Lunatic asylums Madras 1892-1911 - 1892-1911
Year: 1892
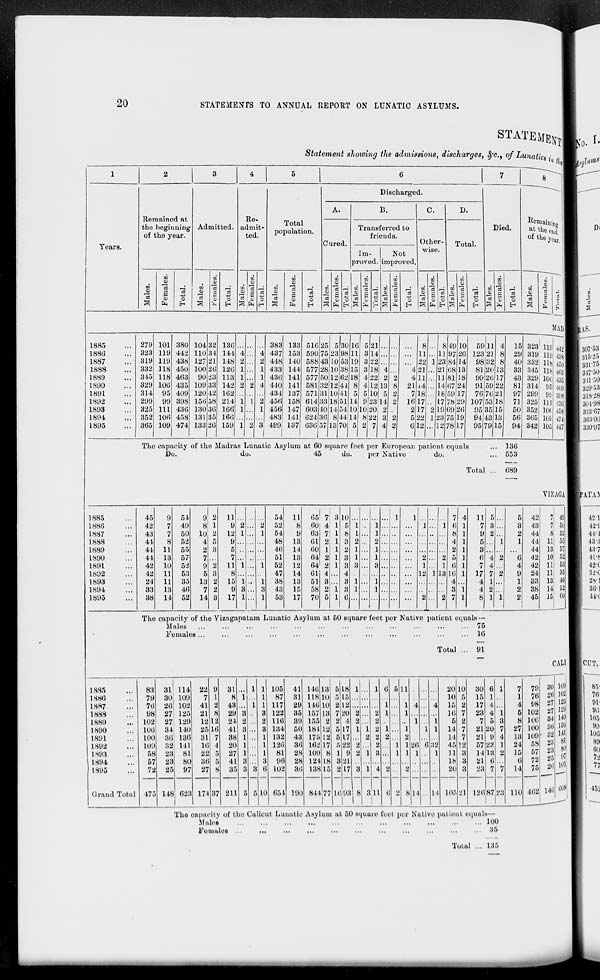
o
a
•a* tM-e
£
o
o
P_
D
P
P
c
c
9
o
>s*
p
<
c
p
5"
i;
OC Q
til 1 t^O
—
t?
xxxxxxxxxxx
© cc © cc cc © x x xxx
EM j. ce is *-» o co ao ~>« © en
p.
o
Cl
—■ i—> i—' i—•
<ic<siccccc*i^a5
tc «a x © © <o. tc x © © oc
if-
to tc tc cc cc co tc tc te co cc
CiOJS:WC:».M , »IC5Ci-'
Ci
____________
to
eai^csij-tiiioOH
OS
1 M C i- - C! c c cue c *.
1-1
tCOStCi-'OStCi-'bB*.
tc
-7 o: tc © ►— en tc —> i—■ -J ic
OS
1— i—
«*
1 (X C« Oi A v] c ic x U t- c
to
I—>
:: -;: i; u-i; i:-
CO
D-MCIXif-i-CMX-
On
losOSt-'t-'i-'OCtCOS- *-*'■
cn
1 os: :
: : " M : M
1 ciosH-H-'t-'Osicos^i-'i-'
©
S
t—>
H-I *—>hi H-i — 1—»
H-
C 3 X IC K K H M i- X O
IC © >— 03 tc If- © IC -7 -J o>
©
c
ic tc te OS if- i ■ cc cc I c :: —
osaoaoa»ceocDoicDi- > i- J
x
OS tC C © ■>* X 0' »> if- M *•
X <f- CO IC en *- C< —1 © X ©
-<t
1 CIIKI4UBKCCK
1 fc0C0»- , SJ«©»OifcD"*fcDO*O«
©
i •— IC
KP-W
IC — 1— r-
OS
1 «-I 1— C li M *4 >r C tv tl X
OC
1 OS
tc tc : i— t* tc "•
i- 1
OS
1 •->
I-I : tc i- 1 • • - •
^
1 a*. os tc tc tc tc tc '
H
©
1 to
t
tC H- '
1—' h- ^
©
tc
! ■:
1
;
1 OD
lie 1—' 1—' tc ■—' ' t—' 1—' l— 1
"Z 1 :
tc
. .
t-> OS
i- 1 • >f-
1 : .
© :
i— :
:
£ I : i—' fc Ml—'- if- - -
St
1 C X H' EN c- iC- C OD C*' © ©
IC
1
M
1 MtO«K<IMK;<ttcliC
ic rc " ai tc to
to *- i-* co
CC«-i.»l-Ji-«JK»JOiC
x
i-' tc
to
-»
1 *-7©05CC©©entf..£-t-i©
Be
vj. tc i—' i!i. -a os i—■'
i-*
M
1
•-*
<-•
l- 1 tc t— tc
C
1 if- OS C 4- OS <T X Oi if- >-"<r
i£-
— — — __
©
«■» ~-7 Cnenc©'~CCC--7<T
tc
n ic »i x c o c u » a o
1
►3
o
©
N"
0
P
P
3
t"
c
a
tc
P
en
©
OD
►c
p
p
T>
Ms
CO
O
*e
o
P
o-
<'
©
I © en I
tc tc »c tc co oc OD tc tc ici ce
CT- CT tt mc ?. ^
T ^ S; O
\ C T Or. QC 4- ti tf- li IC C C
a
CC X
© CO
X X X X X X X X X
cDcococDOoooooacao
CSMHCfflXMCOi
X OS •»- tc tc *>■ *- T- OS tc lit
«- OS — --©OS—'X<t<I©
o> *-
IC ©
c:
^1
en o> en CT en en *- en
CC IC ^1 C< IC © CC *-
I-"
H
en © «vr tc -P- © X ©
OS tc IC 05 tC • CC Cl tc I- 1 tc
I-i
M
H*
MCOtiXHvtOiC
I-"
M
tc © I- 1
h-i OS — : h-i'. '. : (-> tc :
M OS — >-•::: M tc :
OS OS
OSifkCneniS^if'-enCncn
x<itci-'©x^icif.
--T OT 0S*.tC03*-0S©X»-'
Vt OT
© X
en © © © © ©
1—' r - 1^ Ifk © h -
© © ©
cc © en
<t if«- <r
en tc os >*- tc tc ►- tc
© OS
_ _ h- l- 1 CO
CC £- OS OS tc OS
1—'
X On ©
'.
M — co i—i •— tc 1— I- 1 t
1—i M
OS !-■ I-" tc I-I !-• r
i->
tc '
tc M tc :
i— :
to ■
os i-" tc : ■
i—i:
-T OS ^- C. © Ci tc £- x © <r
l-i
X >£■ *- *>* <» © OS en
i—■
© <T —i
M tC — *» *■ *>■ •■
ts os en
h->:
• tc : tc : i-> : ; ;
tCtCh-"©!!^©' (-"tCOSCn
— CO
en x
r c ^- —. j— „
>^- tC IC *. li-
— — —
if- CC IC
1 tn
^o
ce ej* cj» o» c^i
OO ~J ~J
CS3
>■
acxxxxxxoc
eccc©©©ccxoo
XXX
XXX
«x| ©J OI
pr
o
o
p
P §
•5
ososostcosososos
©CnlCOi—'tCii^OS
oi re oi cc rf- ffl w tc
co os bo
1— LC «4
© OS CO
i-i i—i i-i
i- 1 i—■ i- 1
OOHCOCOOl-'H
©C;H.©C;IC;XX
1-1 1—1 1-1
h- h- ©
CO © h-i
ife.if.tii.osifi.ifkif'if'if'if-os
Sjoicccocos©cn0sif-x
if» X © 00 © c< OS © X ic ©
o
pr
h-■ |—i h-i l-i l-i H-'
M
ccoso3cntc©©C
CCr-CC. CCCC
1—« 1—• 1—«
MHO
-1 C if.
P
©
p
X
tc OS os o< if- cc IC IC
© o< © X IC OS OS ©
tc OS cc
l—l i— tc
h-il—ii—i|CI—■ >-' 1—■ h- 4
tifflCr'C^f'K
© © © *- IC IC OS CC
I-i M M
if- If. OS
X if. ©
i-i: i-i i-i: to i—■ t—• to if.:
c r 1
• P
p
P
tc : : r-: to' '
' '■
os '■ i-i tc : if. i-i H- tc if.:
— ______- —
cc x en oi co ti- co os
coco©c;if.©c:co
:o
if- OS X
X <I OS
P*
B
Mhi|—1|—1|—1|—'I—1|—it—1|—1|—■
coif.ifvenosif^if*if.if-CTCo
^HMllCvlHHf C«CO
p
#- ©
©©©©onenenenencnen
MtCCHvJXMMXCP
C. >f. CC if- i—i —■ ^I »-7 X © ©
03
ciosif-cocccoentc
MCOCOMtCOOO
if- -.7 IC
co oi en
P
P
M
H H H M H H i~ IC
COXif-XCICtCCOOSCn
~3 >f- ct c if- ifk cs co
C *■ f i- H it ii or
en © eo
CO X ©
•
l-b
a
i—■ i—• i—i
>— i—i
C f C if W X X Cli
— 1—i M
CC M C5
cl-
h-1
tcx©©cnup>.if».co CO CO cn
I* IC tO H r- tC H
<» IC © CO c ic tc X
IC M IC
tC If. !-■
?. o
I- 1
>-'
• •
if>- cc ic if>. en os ts if*.: : :
to tc ' tc tc x tci: : : :
c o
P
H
to
©enbo©<ri—ifkif>.
: : :
p
I—i tC M. |—i (_. i_ (—i |i
KKStMXifHM
tc I-i
IC HX
8*8"
r ci-
■
t-i to"
: : : I-I :
I- 1 IC —' — i- M H- bi
tc Co co ""9 x J*. i—■ •—■
IC M
CO i—i x
ts
|D
p
s
v l M C »I 6l C X ~
x oi c a e M H a
X CO If-
if. -M ©
►— y- 1 tc tc H tc — —' ►— tc i—
McoccoMifaccifoo
•-3
D0
o
ct-
P
i—i
coepcooNrcocooo
enif.on~^c;h—ico—i
1—1
© tc en
XCCO
. .
■^r if. os en vr oi tc tc
COCJOlCSC ccc^
CO tC !-■
to l-i M
1—M M l-< to tO M M
fCCOlOCHtCMCO X X If-
CS 1 C1H
X 1 tn OS
© 1 CC ©
©enen ~.Tcoxif*coifi.tci-i
I^OOH'^T 1 —'C0C0©CCCn
oseoeoostcoseoco
if>-c;cniccci-'tcif-
tccntccncoif^cocn
CO CO CO
CO —' tc
tc CC CO
1—1 1—1 1—1 1—1
1—1 1—1
c <■_'- rr ^ ^r en cs oo
—i 1—i V-i
J_ ^I CJ» C-3
C2 CO 3^s CM CO J^
-
■T.
Males.
Females.
Total.
c S^ta
III « s <o
g p »•
Males.
Kemales.
Total.
—
B
Males.
Females.
Total.
P
B, P ffl
Males.
Females.
Total.
o
.i «
© o
I. E
5"
Males.
Females.
TotaJL_
Males.
Females.
Total.
Q
>^
a
P-I
T3
<
CD
©
Males.
Females.
Total.
3
i-3
C
■<
O
©
l-S
3. S3
° 3 s
©3
CO fD
" ©
ci-
O
W
Males.
Females.
YotaiT
03 CO
•
1
a
Males.
Females.
Total.
I
P
p
tc
co
CO
o
fcj*
p
i-<
o
©
en
©
2? a"
C6
CO
cc
i.
«5
ai
Co
Cc
sa-
Cc
a s
«Q
ct>
9>
\Z>B
Ci
-
Ul
^
1-3
H t>
g h3
S
td
g"
^
».
fe/
O
t-3
i>
H
S5
•-a
CO
O
►
52}
a
O
Ed
K3
O
ss
!2i
r>
H3
a
t*«
ca
Ci
/ -I-Jffl3CC!CC<SC-»CO
/ -i ic c c r. » ci :. 17 *. -.>
Q
i-3
4- C7i <X IC tC r— CC CC 4- IC IC
Co Cc CC Cc CC CC cc CC CC CC CO
CCC^CCOH— ICT-^-CCI— <Z>
o « c: ^ oc c — M — a; ^1
C 6 Ci C ti Oi c'» oi ->'i ic <6\
MOMaCOMCCCIIOlU
Males.